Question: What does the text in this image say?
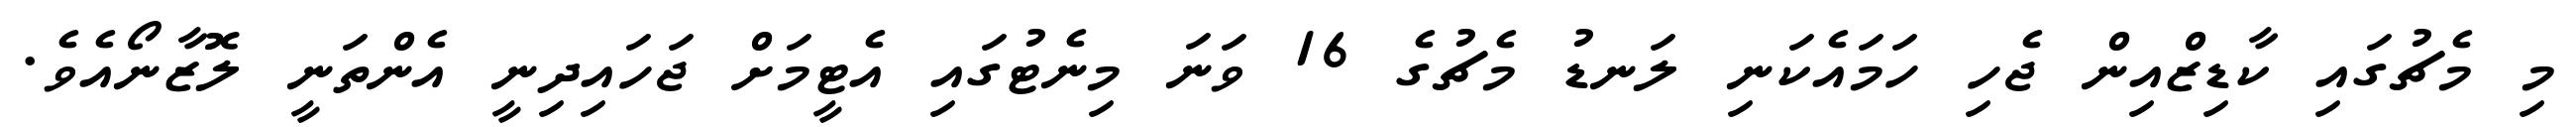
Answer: މި މެޗުގައި ކާޑިޒްއިން ޖެހި ހަމައެކަނި ލަނޑު މެޗުގެ 16 ވަނަ މިނެޓުގައި އެޓީމަށް ޖަހައިދިނީ އެންތަނީ ލޮޒާނޯއެވެ.